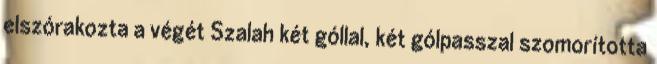
elszórakozta a végét Szalah két góllal, két gólpasszal szomorította